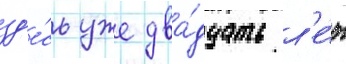
зд'е́сь уже два́дцать л'е́т